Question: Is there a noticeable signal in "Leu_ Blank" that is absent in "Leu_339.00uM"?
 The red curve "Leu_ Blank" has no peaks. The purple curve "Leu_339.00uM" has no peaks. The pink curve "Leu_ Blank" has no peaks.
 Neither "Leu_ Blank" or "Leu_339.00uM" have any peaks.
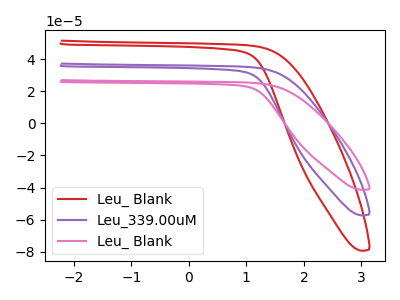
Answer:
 <answer>No, "Leu_ Blank" and "Leu_339.00uM" don't appear to be significantly different in shape</answer>
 <eval>no_change</eval>